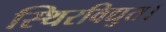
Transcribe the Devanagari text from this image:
स्थिरविद्युत।